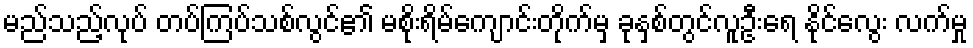
မည်သည့်လုပ် တပ်ကြပ်သစ်လွင်၏ မစိုးရိမ်ကျောင်းတိုက်မှ ခုနှစ်တွင်လူဦးရေ နိုင်လွေး လက်မှု